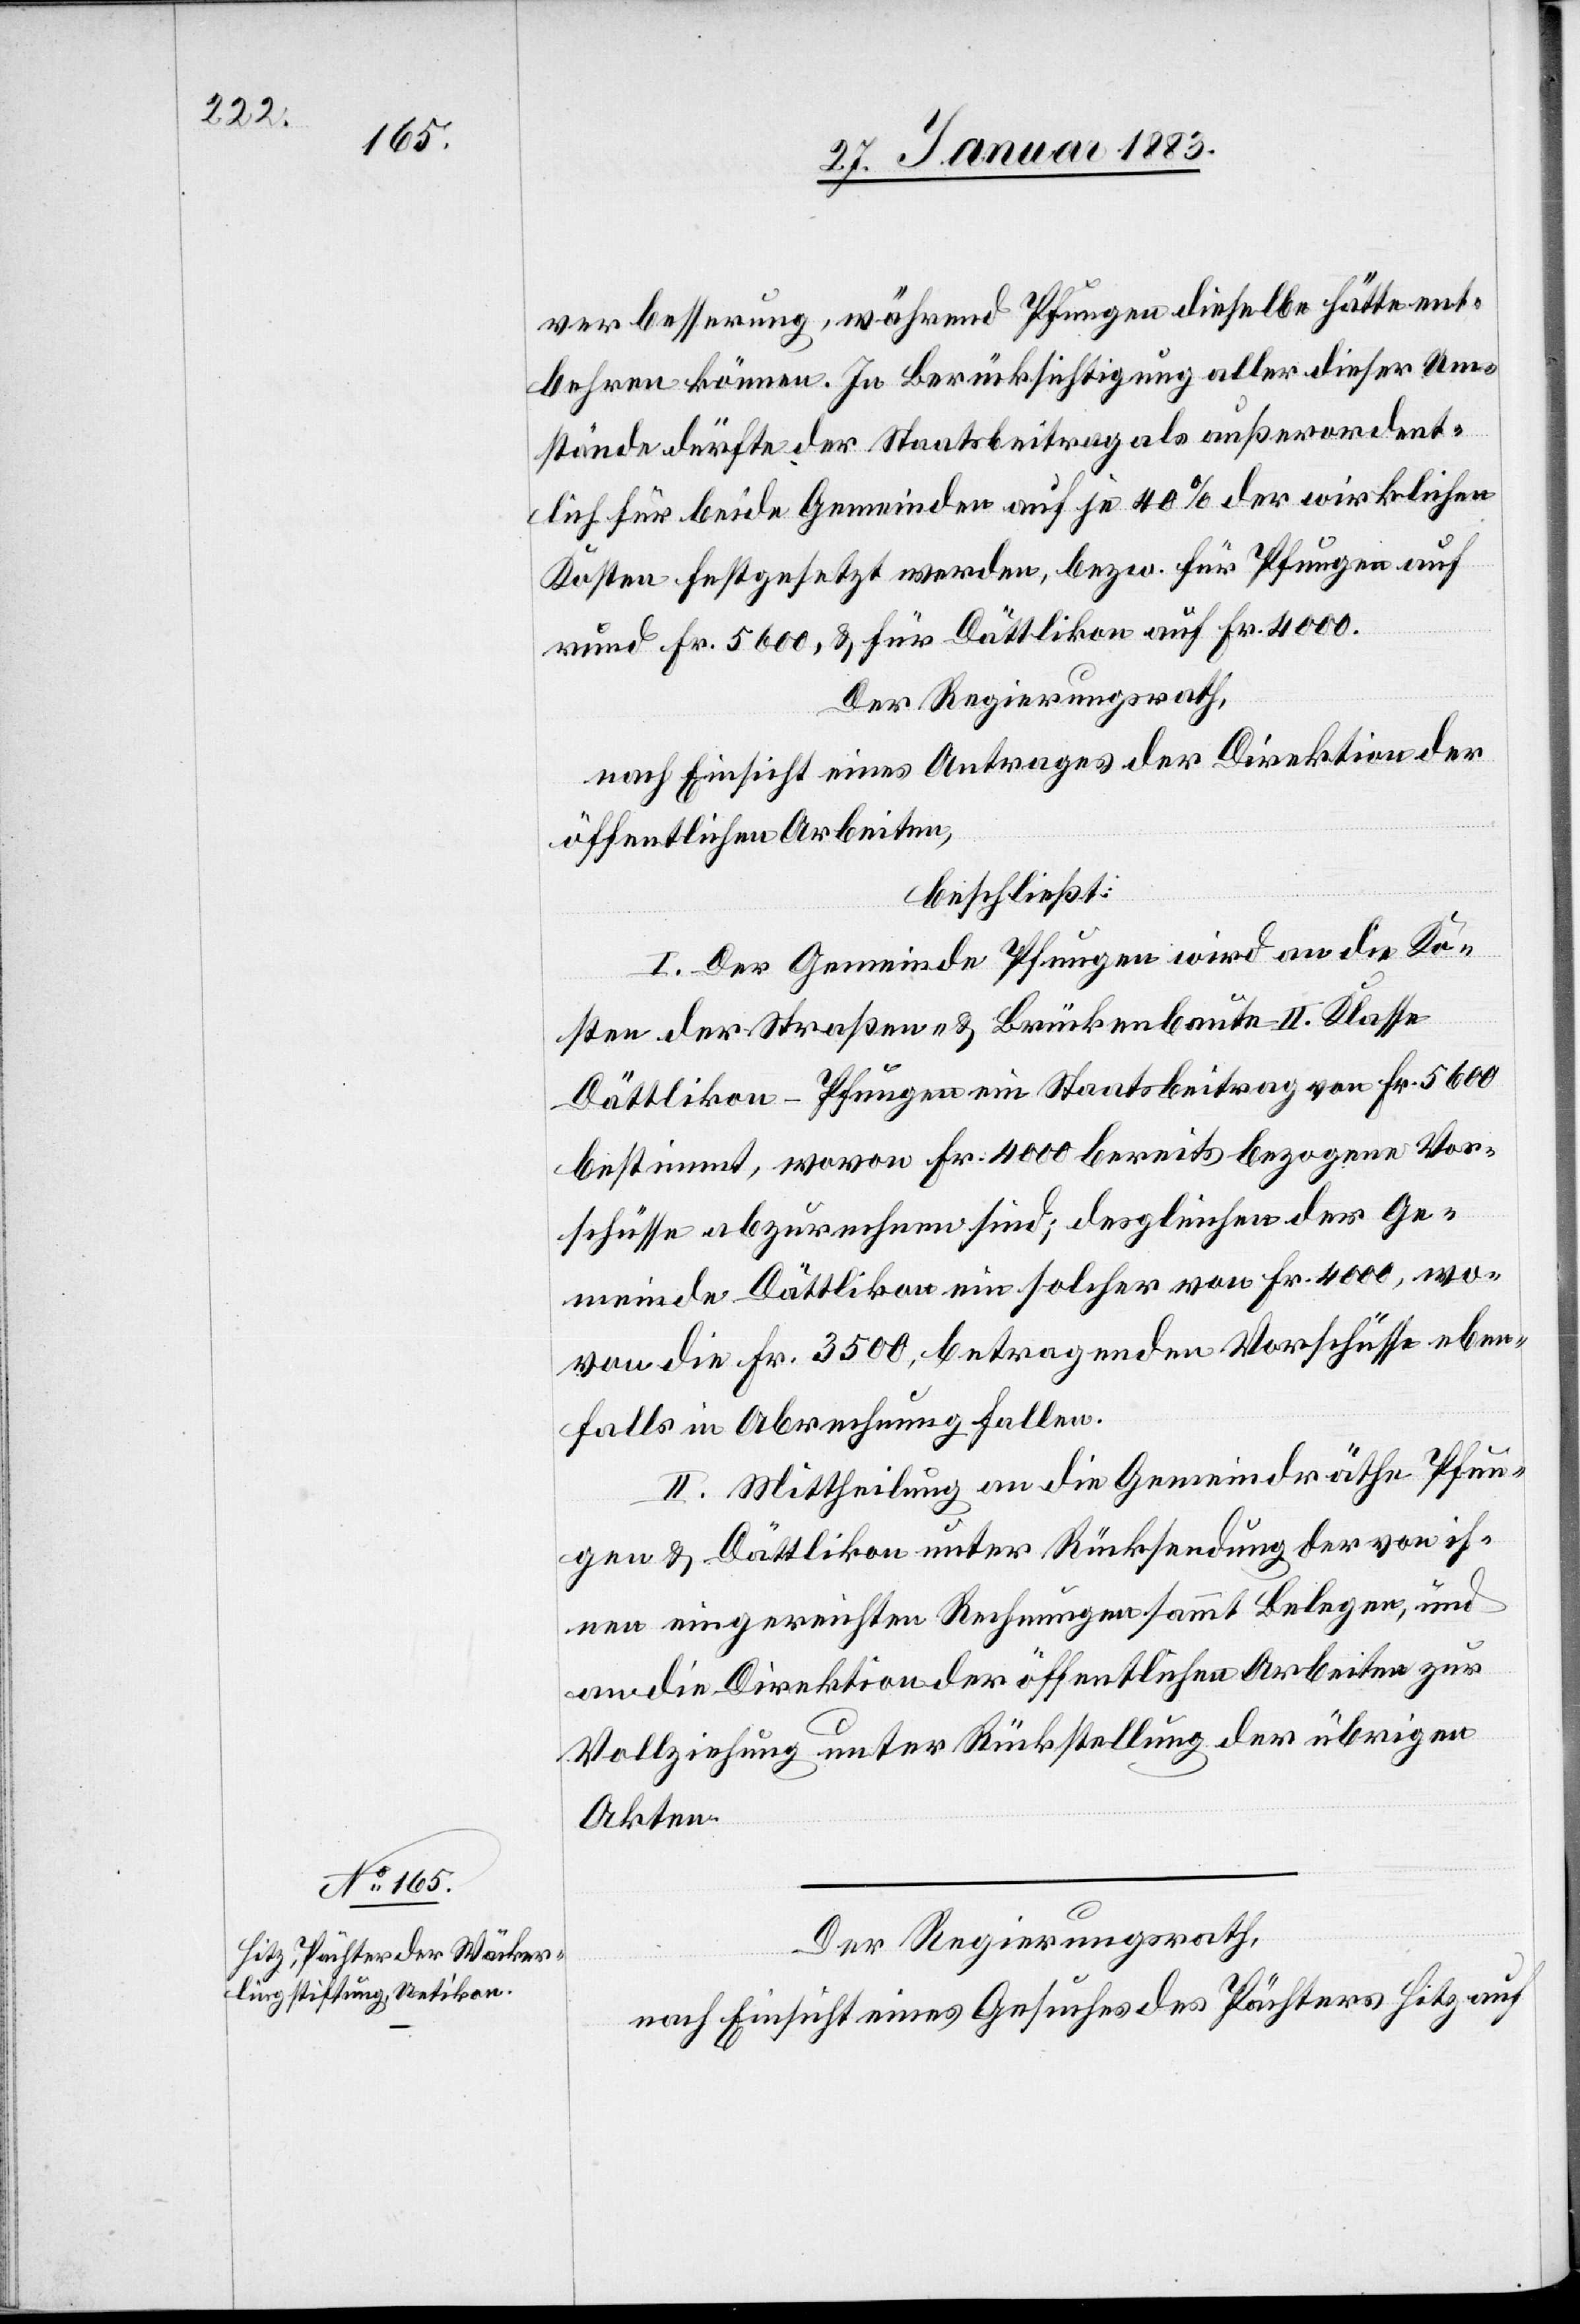
Der Regierungsrath,
nach Einsicht eines Gesuches des Pächters Hitz auf